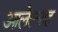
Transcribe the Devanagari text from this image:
आलेल्याह